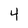
Character: 4